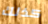
كذلك